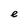
Character: e